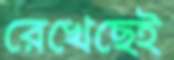
রেখেছেই